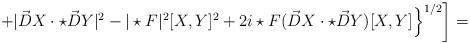
LaTeX: \begin{align*}\left.\left. + |\vec D X \cdot \star \vec D Y|^2 - |\star F|^2 [X,Y]^2+ 2i \star F (\vec D X \cdot \star \vec D Y) [X,Y] \right\}^{1/2} \right] =\end{align*}